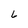
Character: 6